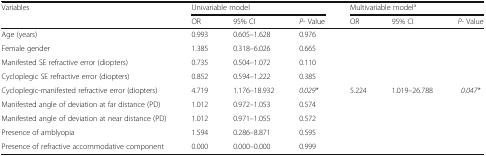
<table><thead><tr><td rowspan="2"><b>Variables</b></td><td colspan="3"><b>Univariable model</b></td><td colspan="3"><b>Multivariable model<sup>a</sup></b></td></tr><tr><td><b>OR</b></td><td><b>95% CI</b></td><td><b><i>P</i>- Value</b></td><td><b>OR</b></td><td><b>95% CI</b></td><td><b><i>P</i>- Value</b></td></tr></thead><tbody><tr><td>Age (years)</td><td>0.993</td><td>0.605–1.628</td><td>0.976</td><td></td><td></td><td></td></tr><tr><td>Female gender</td><td>1.385</td><td>0.318–6.026</td><td>0.665</td><td></td><td></td><td></td></tr><tr><td>Manifested SE refractive error (diopters)</td><td>0.735</td><td>0.504–1.072</td><td>0.110</td><td></td><td></td><td></td></tr><tr><td>Cycloplegic SE refractive error (diopters)</td><td>0.852</td><td>0.594–1.222</td><td>0.385</td><td></td><td></td><td></td></tr><tr><td>Cycloplegic-manifested refractive error (diopters)</td><td>4.719</td><td>1.176–18.932</td><td><i>0.029*</i></td><td>5.224</td><td>1.019–26.788</td><td><i>0.047*</i></td></tr><tr><td>Manifested angle of deviation at far distance (PD)</td><td>1.012</td><td>0.972–1.053</td><td>0.574</td><td></td><td></td><td></td></tr><tr><td>Manifested angle of deviation at near distance (PD)</td><td>1.012</td><td>0.971–1.055</td><td>0.572</td><td></td><td></td><td></td></tr><tr><td>Presence of amblyopia</td><td>1.594</td><td>0.286–8.871</td><td>0.595</td><td></td><td></td><td></td></tr><tr><td>Presence of refractive accommodative component</td><td>0.000</td><td>0.000–0.000</td><td>0.999</td><td></td><td></td><td></td></tr></tbody></table>